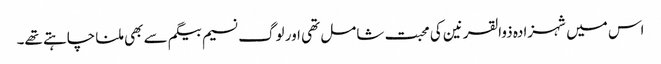
اس میں شہزادہ ذوالقرنین کی محبت شامل تھی اور لوگ نسیم بیگم سے بھی ملنا چاہتے تھے۔